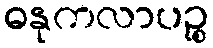
ဓနုကလာပဉ္စ